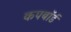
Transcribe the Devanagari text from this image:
कपबाॅर्ड